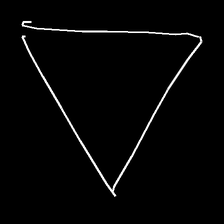
Glyph: convergence